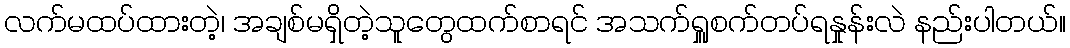
လက်မထပ်ထားတဲ့၊ အချစ်မရှိတဲ့သူတွေထက်စာရင် အသက်ရှူစက်တပ်ရနှုန်းလဲ နည်းပါတယ်။